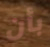
بأن